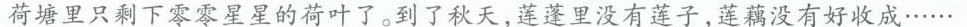
荷塘里只剩下零零星星的荷叶了。到了秋天，莲蓬里没有莲子，莲藕没有好收成……